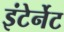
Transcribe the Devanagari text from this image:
इंटेर्नेट